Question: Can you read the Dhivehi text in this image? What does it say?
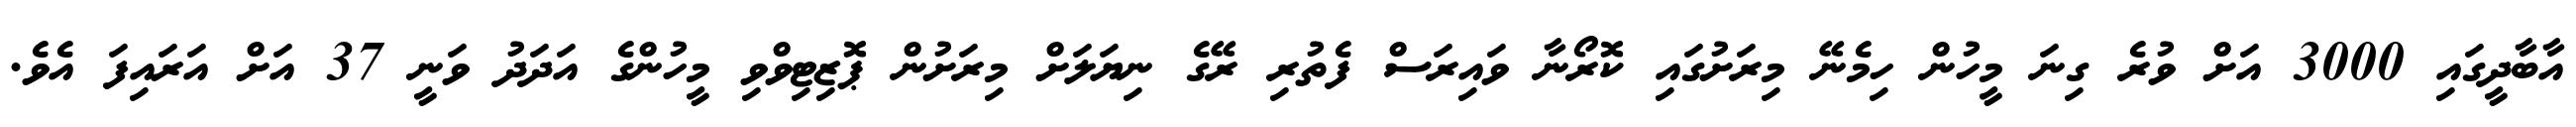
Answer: އާބާދީގައި 3000 އަށް ވުރެ ގިނަ މީހުން ހިމެނޭ މިރަށުގައި ކޮރޯނާ ވައިރަސް ފެތުރި ރޭގެ ނިޔަލަށް މިރަށުން ޕޮޒިޓިވްވި މީހުންގެ އަދަދު ވަނީ 37 އަށް އަރައިފަ އެވެ.